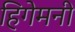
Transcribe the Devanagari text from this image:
हिगेमनी